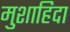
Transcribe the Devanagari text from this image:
मुशाहिदा